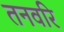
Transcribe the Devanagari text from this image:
तनवरि